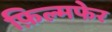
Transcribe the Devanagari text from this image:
फ़िल्मफेर